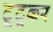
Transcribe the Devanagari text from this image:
टूटूकर